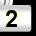
Digit: 2